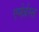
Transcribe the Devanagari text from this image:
एमेर्हस्त